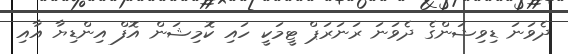
ދެވަނަ ޑިވިޝަންގެ ދެވަނަ ރަނަރަޕް ޓީމަކީ ހައި ކޮމިޝަން އޮފް އިންޑިޔާ އާއި